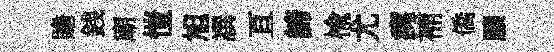
贍銭廟愷旭譔亘諦楡尤痍補僑願